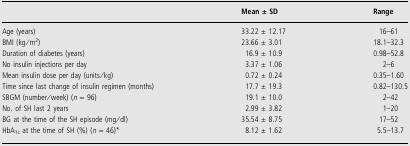
|  | Mean ± SD | Range |
 | --- | --- | --- |
 | Age (years) | 33.22 ± 12.17 | 16–61 |
 | BMI (kg/m2) | 23.66 ± 3.01 | 18.1–32.3 |
 | Duration of diabetes (years) | 16.9 ± 10.9 | 0.98–52.8 |
 | No insulin injections per day | 3.37 ± 1.06 | 2–6 |
 | Mean insulin dose per day (units/kg) | 0.72 ± 0.24 | 0.35–1.60 |
 | Time since last change of insulin regimen (months) | 17.7 ± 19.3 | 0.82–130.5 |
 | SBGM (number/week) (n = 96) | 19.1 ± 10.0 | 2–42 |
 | No. of SH last 2 years | 2.99 ± 3.82 | 1–20 |
 | BG at the time of the SH episode (mg/dl) | 35.54 ± 8.75 | 17–52 |
 | HbA1c at the time of SH (%) (n = 46)* | 8.12 ± 1.62 | 5.5–13.7 |